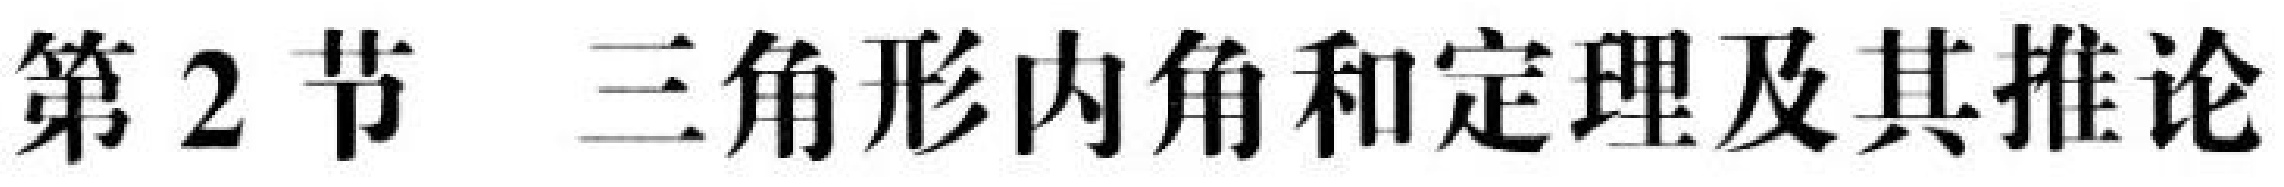
第 2 节  三角形内角和定理及其推论